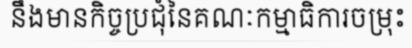
នឹងមានកិច្ចប្រជុំនៃគណៈកម្មាធិការចម្រុះ